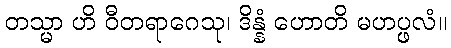
တသ္မာ ဟိ ဝီတရာဂေသု၊ ဒိန္နံ ဟောတိ မဟပ္ဖလံ။